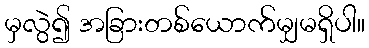
မှလွဲ၍ အခြားတစ်ယောက်မျှမရှိပါ။